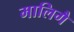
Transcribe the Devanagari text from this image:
मालिगै